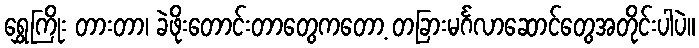
ရွှေကြိုး တားတာ၊ ခဲဖိုးတောင်းတာတွေကတော့ တခြားမင်္ဂလာဆောင်တွေအတိုင်းပါပဲ။